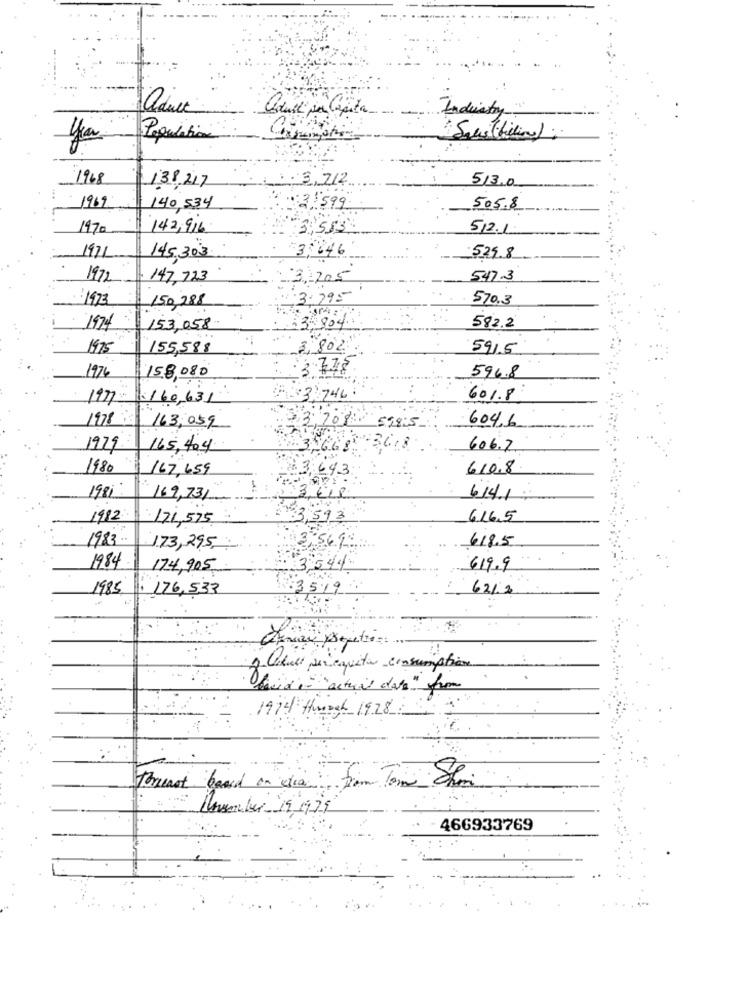
Industry "
aduel per Capita
Population
humation
1968
. 3,712
513.0
138,217
1969
140,534
2 599
505.8
1970
142,916
3,583
512.1
3 646
.524.8
1971
145,303
1972
147,723
3,200
547.3
:1973
£3.795
570.3
$ 150,288
582.2
1974
153,058
804
1975
155,588
80%
591.5
7.78
1976
158,080
596.8
1977
:160,631
746
601.8
604.6
1978 163,059
708 598:5
1979 165,404
3618
606.7
1980 167,659
43
610,8
1981:
169,731
614.1 ;
1982 171,575
93
6.16.5
1983 ..
618.5
173,295
5698
1984
174,905
619.9
1985
: 176,533
:3519
621.2
2. Que per quite consumption
davide= "actual das" from
1974 Hough 1928
Breast based on dia from Tom Shari
Qnumber 19979
466933769